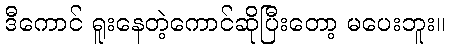
ဒီကောင် ရူးနေတဲ့ကောင်ဆိုပြီးတော့ မပေးဘူး။